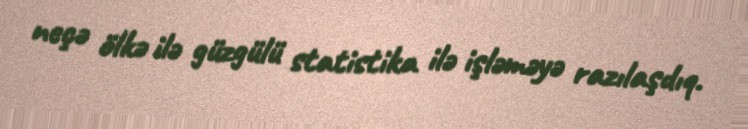
neçə ölkə ilə güzgülü statistika ilə işləməyə razılaşdıq.